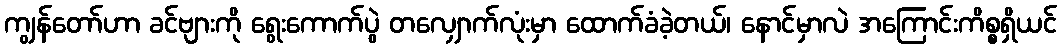
ကျွန်တော်ဟာ ခင်ဗျားကို ရွေးကောက်ပွဲ တလျှောက်လုံးမှာ ထောက်ခံခဲ့တယ်၊ နောင်မှာလဲ အကြောင်းကိစ္စရှိယင်